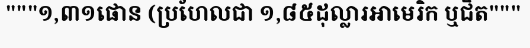
"""១,៣១ផោន (ប្រហែលជា ១,៨៥ដុល្លារអាមេរិក ឬជិត"""